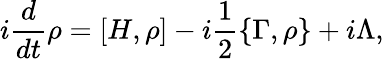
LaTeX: i\frac{d}{dt}\rho=[H,\rho]-i\frac{1}{2}\{ \Gamma,\rho\} +i\Lambda,